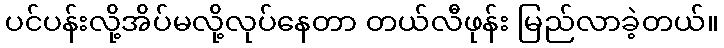
ပင်ပန်းလို့အိပ်မလို့လုပ်နေတာ တယ်လီဖုန်း မြည်လာခဲ့တယ်။